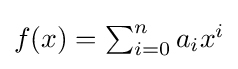
{\textstyle f(x)=\sum _{i=0}^{n}a_{i}x^{i}}